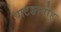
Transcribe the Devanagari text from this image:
पाटङागोह